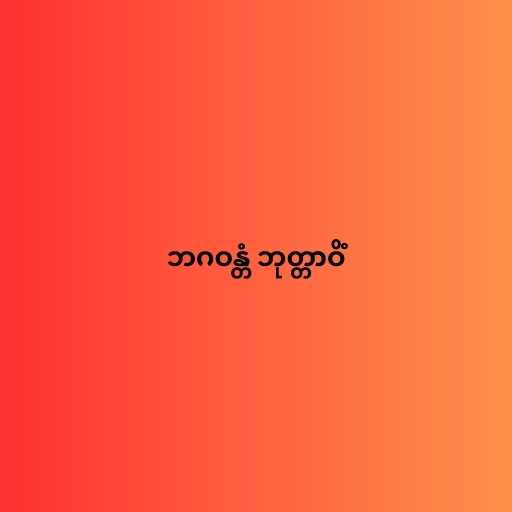
ဘဂဝန္တံ ဘုတ္တာဝိံ